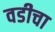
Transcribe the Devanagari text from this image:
वडीचा